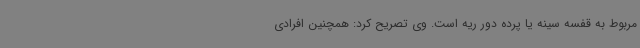
مربوط به قفسه سینه یا پرده دور ریه است. وی تصریح کرد: همچنین افرادی